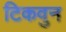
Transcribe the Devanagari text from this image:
टिकवुन